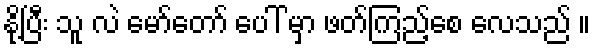
နို့ပြီး သူ လဲ မော်တော် ပေါ် မှာ ဖတ်ကြည့်စေ လေသည် ။